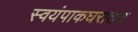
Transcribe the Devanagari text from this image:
स्वयंपाकघरातच